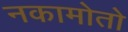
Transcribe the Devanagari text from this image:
नकामोतो